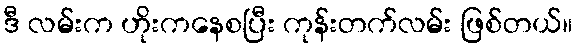
ဒီ လမ်းက ဟိုးကနေစပြီး ကုန်းတက်လမ်း ဖြစ်တယ်။